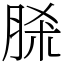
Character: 脎